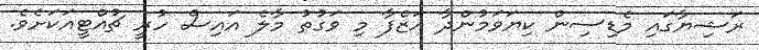
ރަޝިޔާގައި މެޑިސިން ކިޔަވަމުންދާ އަޒްފާ މި ވަގުތު މާލެ އައިސް ހުރީ ޗުއްޓީއަކަށެވެ.